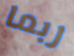
ربما